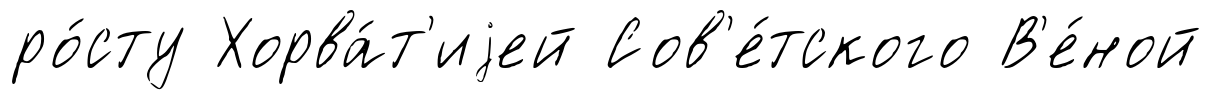
ро́сту Хорва́т'иjей Сов'е́тского В'е́ной